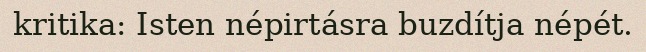
kritika: Isten népirtásra buzdítja népét.